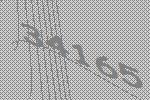
34165